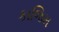
કાજિમ